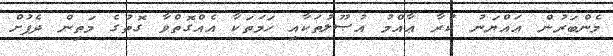
މެންބަރުން ޢައްޔަނު ކުރާ ޢާއްމު އުޞޫލުތަކާއި ހަމަތަކާ އެއްގޮތްވާ ގޮތުގެ މަތިން ދެފުށް